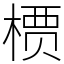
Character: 槚